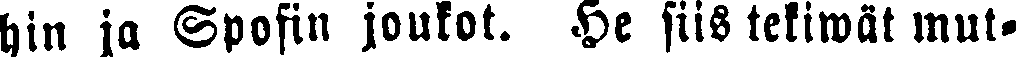
hin ja Spofin joukot. He siis tekiwät mut-